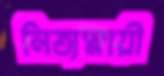
নিত্যস্নায়ী